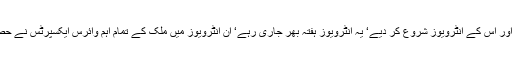
ڈاکٹروں نے اسے سنٹرل ہسپتال میں شفٹ کیا اور اس کے انٹرویوز شروع کر دیے‘ یہ انٹرویوز ہفتہ بھر جاری رہے‘ ان انٹرویوز میں ملک کے تمام اہم وائرس ایکسپرٹس نے حصہ لیا‘ انٹرویو کی فائنڈنگ بڑی دل چسپ تھی۔